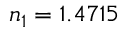
n _ { 1 } = 1 . 4 7 1 5